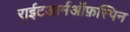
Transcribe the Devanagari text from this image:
राईटआर्मऑफ़स्पिन